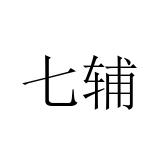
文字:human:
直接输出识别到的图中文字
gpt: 七辅